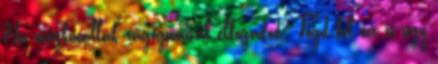
Ha megkínállak rágógumival elfogadod? Fogd fel ezt is úgy